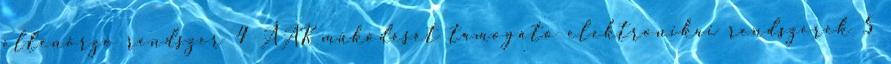
ellenőrző rendszer 4 ÁAK működését támogató elektronikai rendszerek 5